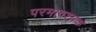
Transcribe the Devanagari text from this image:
परमावश्‍यक